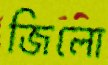
জিলো